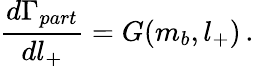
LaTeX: \frac{d\Gamma_{part}}{dl_{+}}=G(m_{b},l_{+})\, .